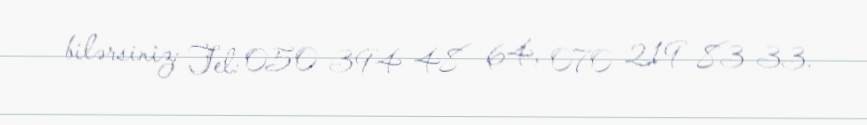
bilərsiniz: Tel: 050 394 48 64, 070 219 83 33.